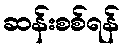
ဆန်းစစ်ရန်